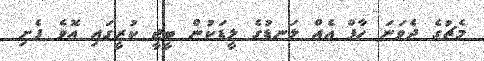
މެޗުގެ ދެވަނަ ހާފް އެއް ލަނޑުގެ ލީޑަކުން ބީޖީ ކުރީގައި އޮވެ ފެށި